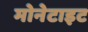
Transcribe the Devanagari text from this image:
मोनेटाइट